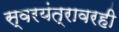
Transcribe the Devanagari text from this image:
स्वरयंत्रावरही